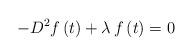
LaTeX: \begin{align*} -{D^2}f\left( t \right) + \lambda \,f\left( t \right) = 0\end{align*}